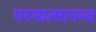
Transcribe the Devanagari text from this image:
परमात्मानन्द